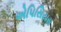
એપિસિયસ